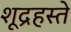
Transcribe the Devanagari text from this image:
शूद्रहस्ते